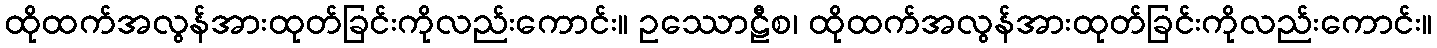
ထိုထက်အလွန်အားထုတ်ခြင်းကိုလည်းကောင်း။ ဥဿောဠီစ၊ ထိုထက်အလွန်အားထုတ်ခြင်းကိုလည်းကောင်း။